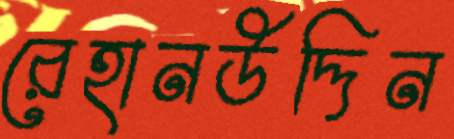
রেহানউদ্দিন